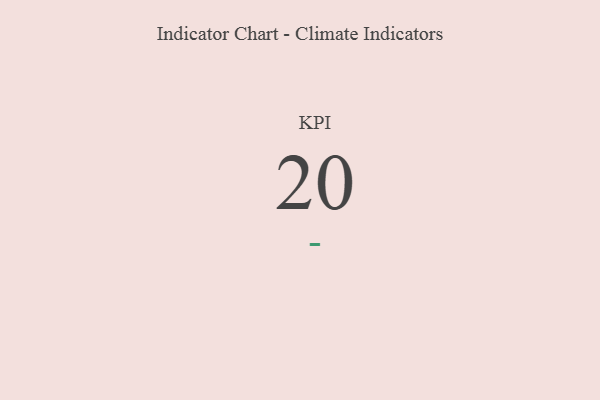
{"axis": {"x": "KPI", "y": "Value"}, "legend": [""], "data": [{"x": "KPI", "y": 20, "type": ""}]}